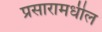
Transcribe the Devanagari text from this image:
प्रसारामधील